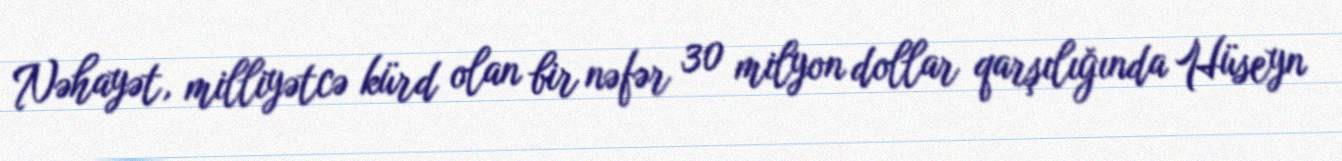
Nəhayət, milliyətcə kürd olan bir nəfər 30 milyon dollar qarşılığında Hüseyn